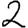
Digit: 2